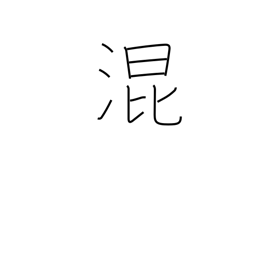
Meaning: mix